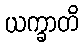
ယက္ခာတိ